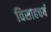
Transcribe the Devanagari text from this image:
विसाहचर्य